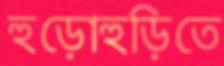
হুড়োহুড়িতে